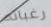
رغباته